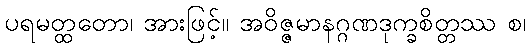
ပရမတ္ထတော၊ အားဖြင့်။ အဝိဇ္ဇမာနဂ္ဂဏဒုက္ခစိတ္တဿ စ၊